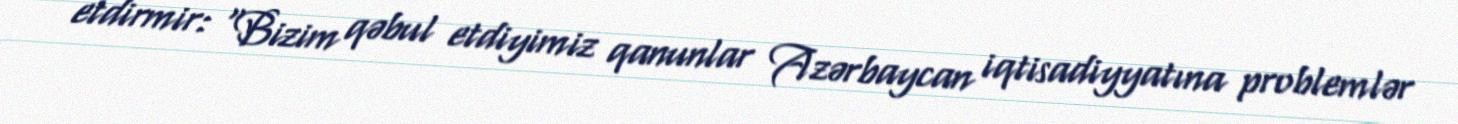
etdirmir: “Bizim qəbul etdiyimiz qanunlar Azərbaycan iqtisadiyyatına problemlər